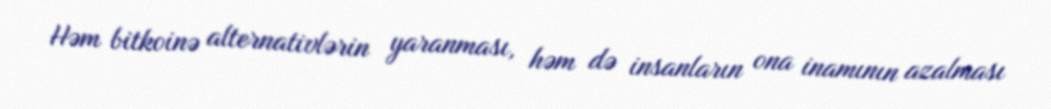
Həm bitkoinə alternativlərin yaranması, həm də insanların ona inamının azalması